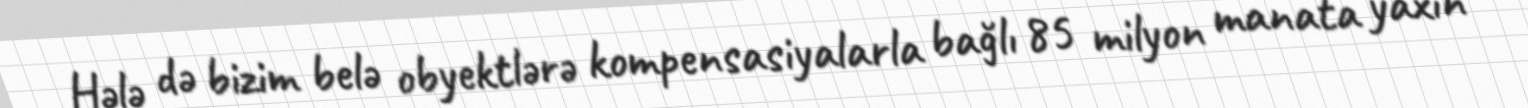
Hələ də bizim belə obyektlərə kompensasiyalarla bağlı 85 milyon manata yaxın